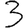
Digit: 3